Memorandum on the prevention of leprosy by segregation of the affected
Disease focus: Leprosy
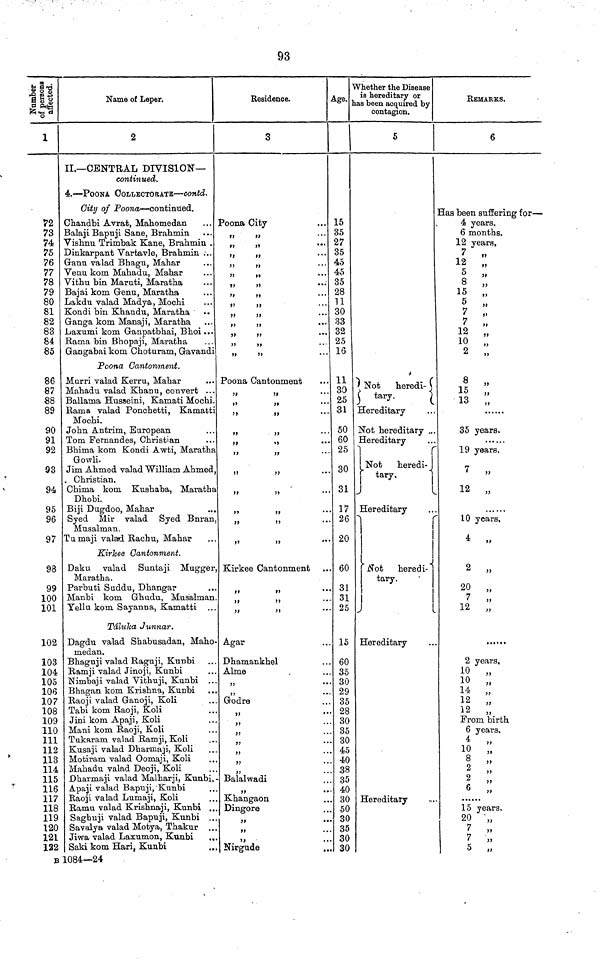
93
Number of persons affected.
1
72
73
74
75
76
77
78
79
80
81
82
83
84
85
86
87
88
89
90
91
92
93
94
95
96
97
98
99
100
101
102
103
104
105
106
107
108
109
110
111
112
113
114
115
116
117
118
119
120
121
122
Name of Leper.
2
II.—CENTRAL DIVISION—
continued.
4.—POONA
COLLECTORATE—contd
City of Poona—continued.
Chandbi Avrat, Mahomedan
Balaji Bapuji Sane, Brahmin
Vishnu Trimbak Kane, Brahmin .
Dinkarpant Vartavle, Brahmin ...
Granu valad Bhagu, Mahar
Venu kom Mahadu, Mahar
Vithu bin Maruti, Maratha
Bajai kom Grenu, Maratha
Lakdu valad Madya, Mochi
Kondi bin Khandu, Maratha
Ganga kom Manaji, Maratha
Laxumi kom Ganpatbhai, Bhoi ...
Rama bin Bhopaji, Maratha
Gangabai kom Choturam, Gavandi
Poona Cantonment.
Marri valad Kerru, Mahar
Mahadu valad Khanu, convert ...
Bailama Husseini, Kamati Mochi.
Rama valad Ponchetti, Kamatti
Mochi
John Antrim, European
Tom Fernandes, Christian
Bhima kom Kondi Awti, Maratha
Gowli.
Jim Ahmed valad William Ahmed
, Christian.
Chima kom Kushaba, Maratha
Dhobi.
Biji Dugdoo, Mahar
Syed Mir valad Syed Bnran
Musalman.
Tumaji valad Rachu, Mahar
Kirkee Cantonment.
Daku valad Suntaji Mugger
Maratha.
Parbuti Suddu, Dhangar
Manbi kom Ghudu, Musalman
Yellu kom Sayanna, Kamatti
Táluka Junnar.
Dagdu valad Shabusadan, Maho
medan.
Bhaguji valad Raguji, Kunbi
Ramji valad Jinoji, Kunbi
Nimbaji valad Vithuji, Kunbi ..
Bhagan kom Krishna, Kunbi
Raoji valad Ganoji, Koli
Tabi kom Raoji, Koli
Jini kom Apaji, Koli
Mani kom Raoji, Koli
Tukaram valad Ramji, Koli
Kusaji valad Dharmaji, Koli
Motiram valad Oomaji, Koli
Mahadu valad Deoji, Koli
Dharmaji valad Malharji, Kunbi.
Apaji valad Bapuji, Kunbi
Raoji valad Lumaji, Koli
Ramu valad Krishnaji, Kunbi ..
Sagbuji valad Bapuji, Kunbi ..
Savalya valad Motya, Thakur ...
Jiwa valad Laxumon, Kunbi
..
Saki kom Hari, Kunbi
Residence.
3
Poona City
,, ,,
,, ,,
,, ,,
,, ,,
,, ,,
»>
11
11
11
11
11
"* "
,, ,,
,, ,,
,, ,,
,, ,,
Poona Cantonment
,, ,,
,, ,,
,, ,,
,, ,,
,, ,,
,, ,,
,, ,,
,, ,,
>>
11
"
,, ,,
,, ,,
Kirkee Cantonment
,, ,,
,, ,,
,, ,,
Agar
Dhamankhel
Alme
,,
,,
Godre
,,
,,
,,
,,
77
77
* •
,,
Balalwadi
,,
Khangaon
Dingore
,,
,,
,,
Nirgude
,,
Age.
15
35
27
35
45
45
35
28
11
30
33
32
25
16
11
30
25
31
50
60
25
30
31
17
26
20
60
31
31
25
15
60
35
30
29
35
28
30
35
30
45
40
38
35
40
30
50
30
35
30
30
Whether the Disease
is hereditary or
has been acquired by
contagion.
5
Not
heredi-
tary.
Hereditary
Not hereditary ..
Hereditary
Not heredi-
Hereditary
Not heredi-
tary.
Hereditary
Hereditary
REMARKS.
6
Has been suffering for—
4 years.
6 months.
12 years.
7 „
12 „
5
,,
8 „
15 „
5
„
7 „
7
,,
12
„
10
,,
2
„
8
„
15
„
13
„
35 years.
19 years.
7 „
12 „
10 years,
4 „
2 „
20
„
7
„
12
„
2 years,
10
„
10
„
14
„
12
„
12
,,
From birth
6 years.
4
,,
10
„
8
„
2
„
2
„
6
„
15 years.
20
,,
7
„
7
„
5
,,